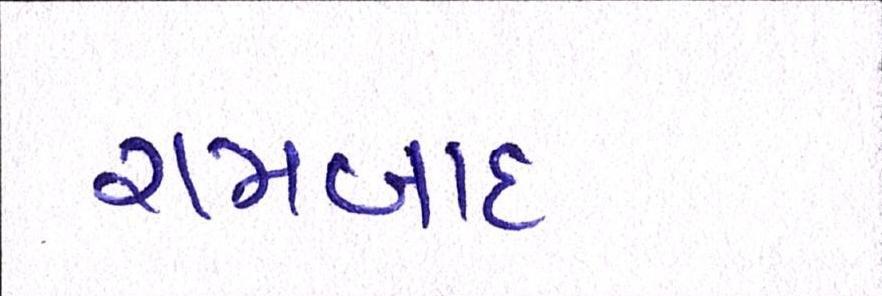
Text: રામબાદ